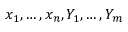
x _ { 1 } , \dots , x _ { n } , Y _ { 1 } , \dots , Y _ { m }